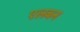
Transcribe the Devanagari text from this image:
एलबन